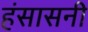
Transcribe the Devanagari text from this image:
हंसासनी